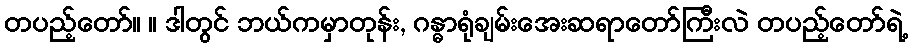
တပည့်တော်။ ။ ဒါတွင် ဘယ်ကမှာတုန်း, ဂန္ဓာရုံချမ်းအေးဆရာတော်ကြီးလဲ တပည့်တော်ရဲ့